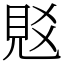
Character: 覐